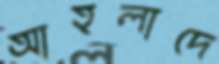
আহলাদে